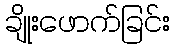
ချိုးဖောက်ခြင်း